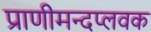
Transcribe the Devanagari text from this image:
प्राणीमन्दप्लवक